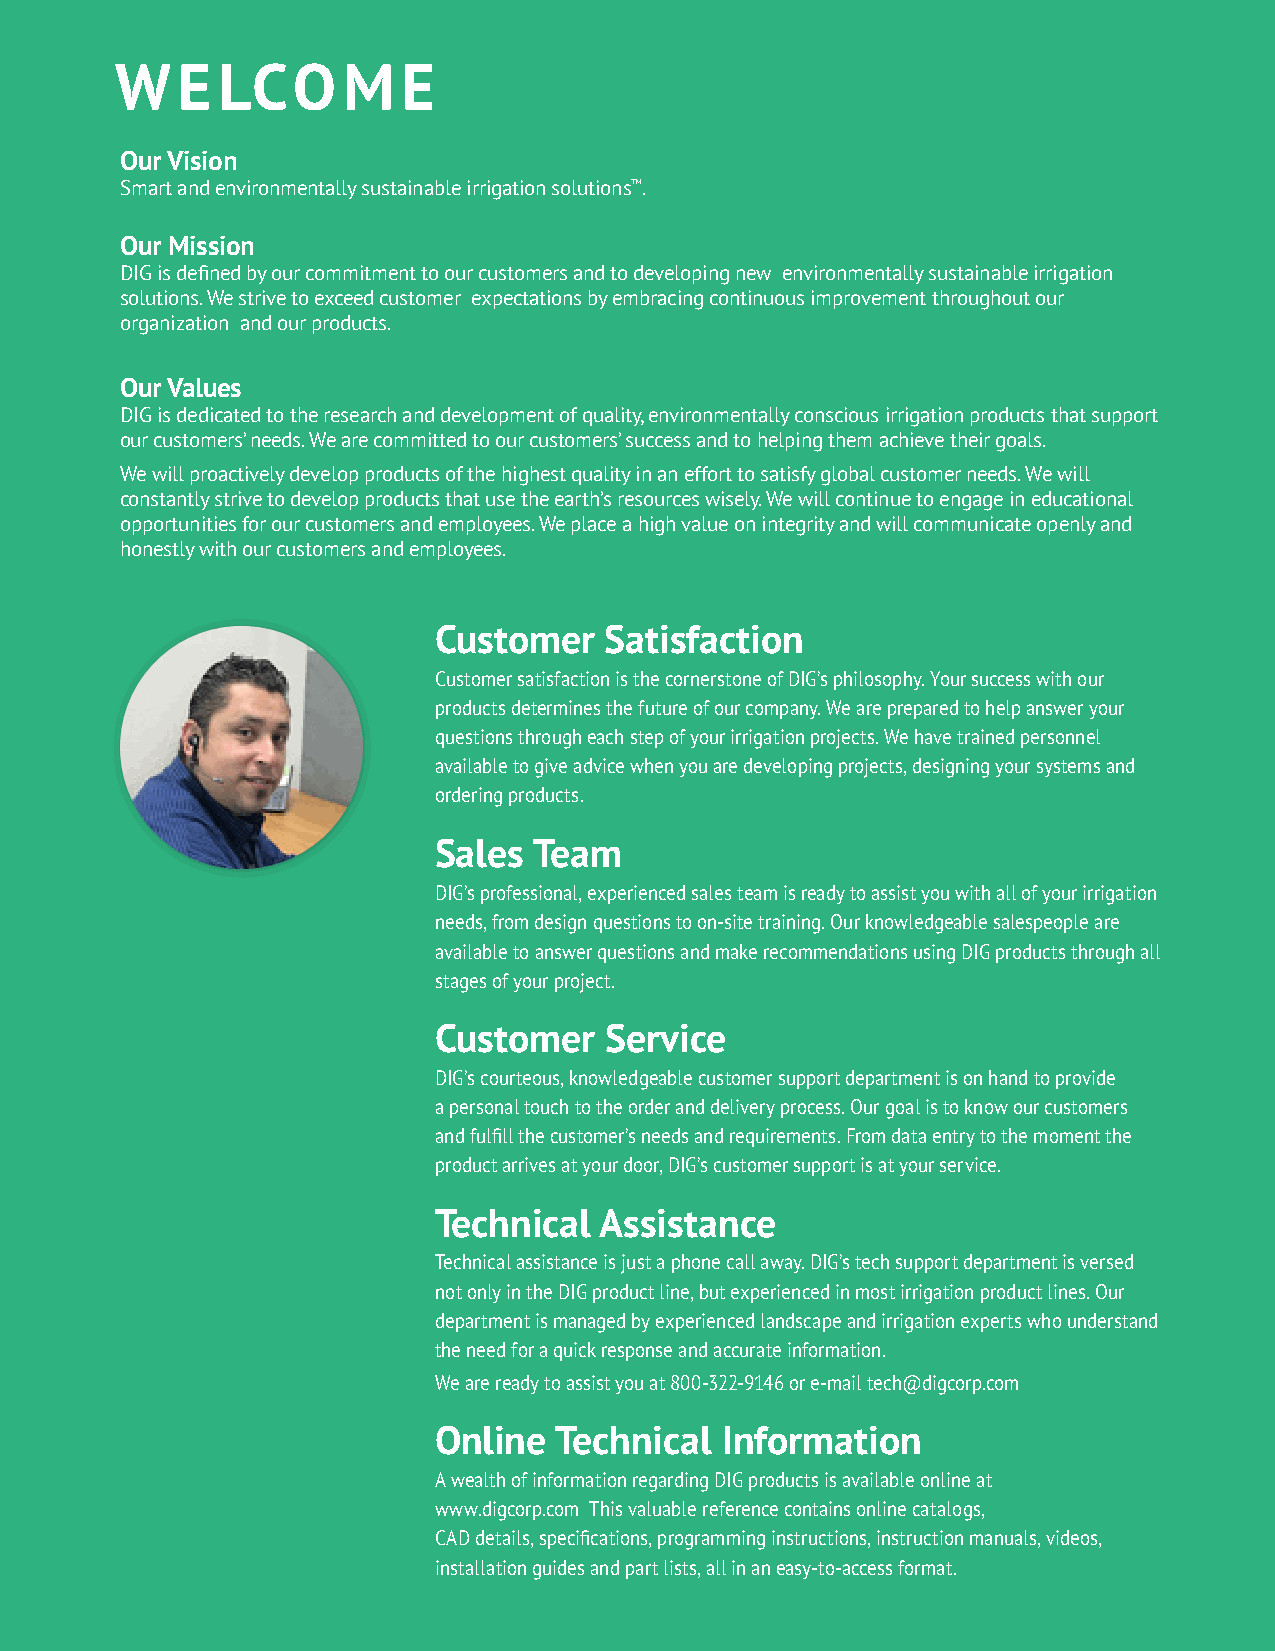
W   E LCO      M   E
 Our Vision
 Smart and environmentally sustainable irrigation solutions™.
 Our Mission
 DIG is defined by our commitment to our customers and to developing new environmentally sustainable irrigation
 solutions. We strive to exceed customer expectations by embracing continuous improvement throughout our
 organization and our products.
 Our Values
 DIG is dedicated to the research and development of quality, environmentally conscious irrigation products that support
 our customers’ needs. We are committed to our customers’ success and to helping them achieve their goals.
 We will proactively develop products of the highest quality in an effort to satisfy global customer needs. We will
 constantly strive to develop products that use the earth’s resources wisely. We will continue to engage in educational
 opportunities for our customers and employees. We place a high value on integrity and will communicate openly and
 honestly with our customers and employees.
 Customer   Satisfaction
 Customer satisfaction is the cornerstone of DIG’s philosophy. Your success with our
 products determines the future of our company. We are prepared to help answer your
 questions through each step of your irrigation projects. We have trained personnel
 available to give advice when you are developing projects, designing your systems and
 ordering products.
 Sales Team
 DIG’s professional, experienced sales team is ready to assist you with all of your irrigation
 needs, from design questions to on-site training. Our knowledgeable salespeople are
 available to answer questions and make recommendations using DIG products through all
 stages of your project.
 Customer   Service
 DIG’s courteous, knowledgeable customer support department is on hand to provide
 a personal touch to the order and delivery process. Our goal is to know our customers
 and fulfill the customer’s needs and requirements. From data entry to the moment the
 product arrives at your door, DIG’s customer support is at your service.
 Technical  Assistance
 Technical assistance is just a phone call away. DIG’s tech support department is versed
 not only in the DIG product line, but experienced in most irrigation product lines. Our
 department is managed by experienced landscape and irrigation experts who understand
 the need for a quick response and accurate information.
 We are ready to assist you at 800-322-9146 or e-mail tech@digcorp.com
 Online  Technical  Information
 A wealth of information regarding DIG products is available online at
 www.digcorp.com This valuable reference contains online catalogs,
 CAD details, specifications, programming instructions, instruction manuals, videos,
 installation guides and part lists, all in an easy-to-access format.